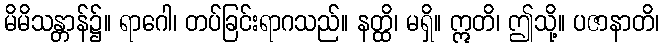
မိမိသန္တာန်၌။ ရာဂေါ၊ တပ်ခြင်းရာဂသည်။ နတ္ထိ၊ မရှိ။ ဣတိ၊ ဤသို့။ ပဇာနာတိ၊